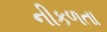
નીકળતા